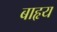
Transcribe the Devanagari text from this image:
बाहृय